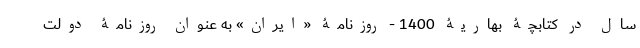
سال در کتابچۀ بهاریۀ 1400 - روزنامۀ «ایران» به عنوان روزنامۀ دولت